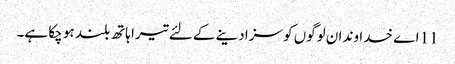
11 اے خدا وند ان لوگوں کو سزا دینے کے لئے تیرا ہاتھ بلند ہو چکا ہے۔